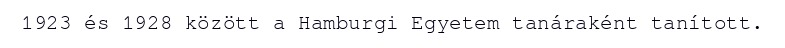
1923 és 1928 között a Hamburgi Egyetem tanáraként tanított.